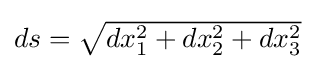
{\textstyle ds={\sqrt {dx_{1}^{2}+dx_{2}^{2}+dx_{3}^{2}}}}